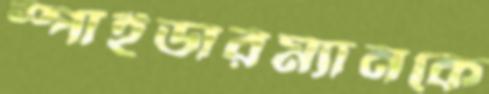
স্পাইডারম্যানকে